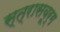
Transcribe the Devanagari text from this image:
स्त्रासबूर्ग